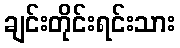
ချင်းတိုင်းရင်းသား